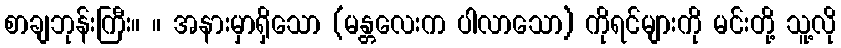
စာချဘုန်းကြီး။ ။ အနားမှာရှိသော (မန္တလေးက ပါလာသော) ကိုရင်များကို မင်းတို့ သူ့လို